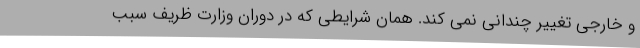
و خارجی تغییر چندانی نمی کند. همان شرایطی که در دوران وزارت ظریف سبب